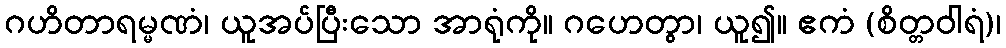
ဂဟိတာရမ္မဏံ၊ ယူအပ်ပြီးသော အာရုံကို။ ဂဟေတွာ၊ ယူ၍။ ဧကံ (စိတ္တဝါရံ)၊